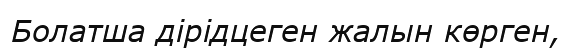
Болатша дірідцеген жалын көрген,